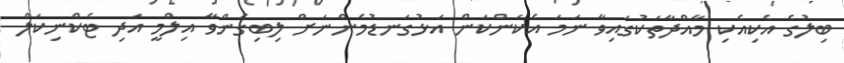
ބިލުގެ އެކިއެކި މާއްދާތަކުގައިވާ ނަމަ އެކަންކަން އަޅުގަނޑުމެންނަށް ލިބިގެންވާ އިލްމީ އަދި ޓެކްނިކަލް